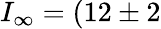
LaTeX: I_{\infty}=(12\pm 2